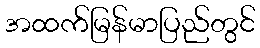
အထက်မြန်မာပြည်တွင်